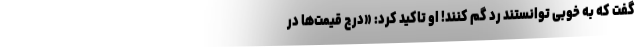
گفت که به خوبی توانستند رد گم کنند! او تاکید کرد: «درج قیمت‌ها در